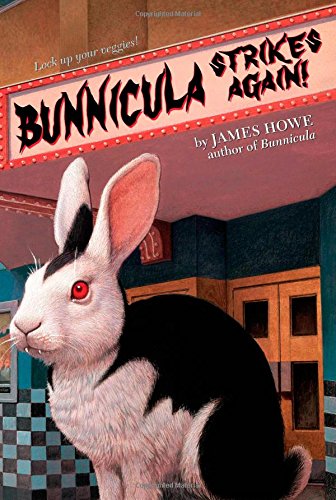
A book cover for Bunnicula Strikes Again! (Bunnicula and Friends); James Howe; Children's Books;